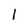
Character: l